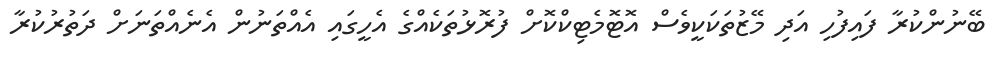
ބޭނުންކުރާ ފައިފުހި އަދި މޭޒުތަކަކީވެސް އޮޓޮމެޓިކްކޮށް ފުރޮޅުތަކެއްގެ އެހީގައި އެއްތަނުން އެނެއްތަނަށް ދަތުރުކުރާ